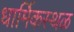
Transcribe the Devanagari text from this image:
धार्मिकस्थळ